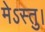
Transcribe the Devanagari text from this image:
मेऽस्तु।